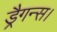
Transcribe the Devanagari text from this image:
ड्रैगन्स।